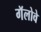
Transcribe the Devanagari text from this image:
गॅलोवे